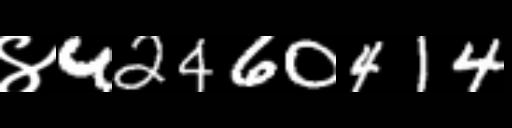
Text: ४42460414